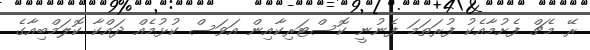
ރޭ މެޗް ފެށުމާއެކު ފުރަތަމަ ފެނުނީ ކޮސްޓަރިކާއިން އަވަސް ކުޅުމެއް ދައްކާ ކޮލަމްބިއާގެ